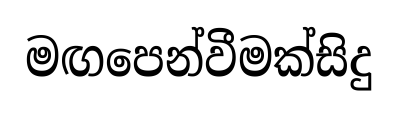
මඟපෙන්වීමක්සිදු